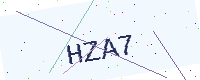
Text: HZA7